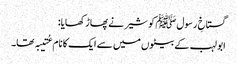
گستاخِ رسول ﷺ کو شیر نے پھاڑ کھایا:
ابو لہب کے بیٹوں میں سے ایک کا نام عُتیبہ تھا۔